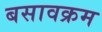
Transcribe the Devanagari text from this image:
बसावक्रम